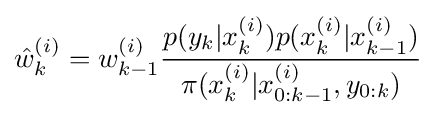
{\hat {w}}_{k}^{(i)}=w_{k-1}^{(i)}{\frac {p(y_{k}|x_{k}^{(i)})p(x_{k}^{(i)}|x_{k-1}^{(i)})}{\pi (x_{k}^{(i)}|x_{0:k-1}^{(i)},y_{0:k})}}